Vital statistics of India. Vol. VI, European troops 1870-79
Year: 1870
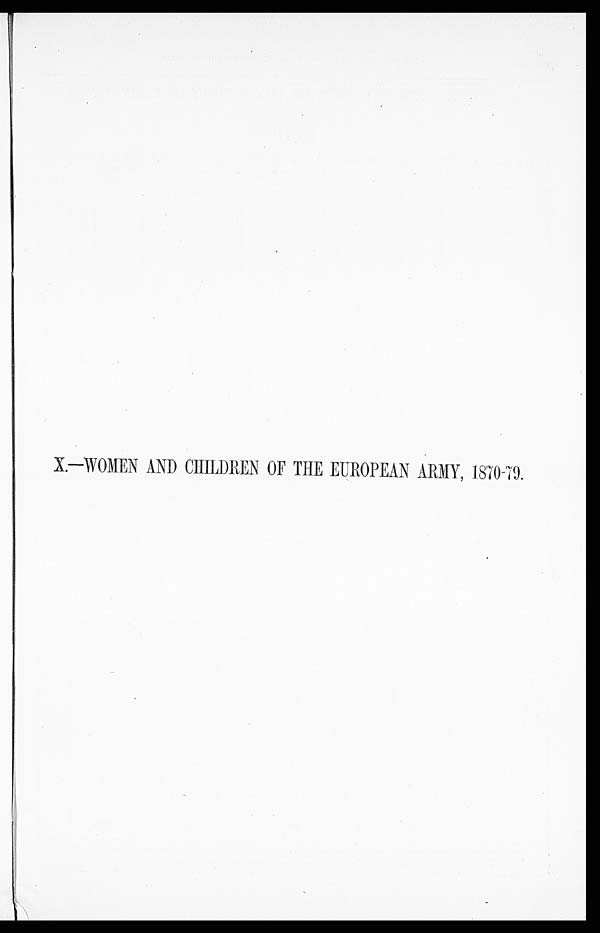
X.—WOMEN AND CHILDREN OF THE EUROPEAN ARMY, 1870-79.